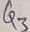
Text: Q3